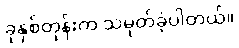
ခုနှစ်တုန်းက သမုတ်ခဲ့ပါတယ်။